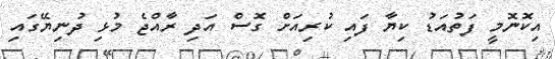
އިކޮނޮމީ ފަތުއަޑު ކިޔާ ފައި ކުރިއަށް ގޮސް އަދި ރާއްޖެ މުޅި ދުނިޔޭގައި